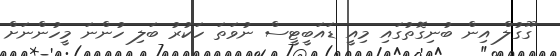
ގޫގުލް އިން ބުނިގޮތުގައި މިއީ ޑައަބީޓީސް ނުވަތަ ހަކުރު ބަލި ހުންނަ މީހުންނަށް